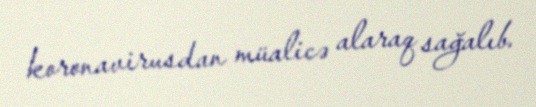
koronavirusdan müalicə alaraq sağalıb.